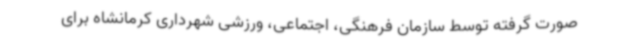
صورت گرفته توسط سازمان فرهنگی، اجتماعی، ورزشی شهرداری کرمانشاه برای